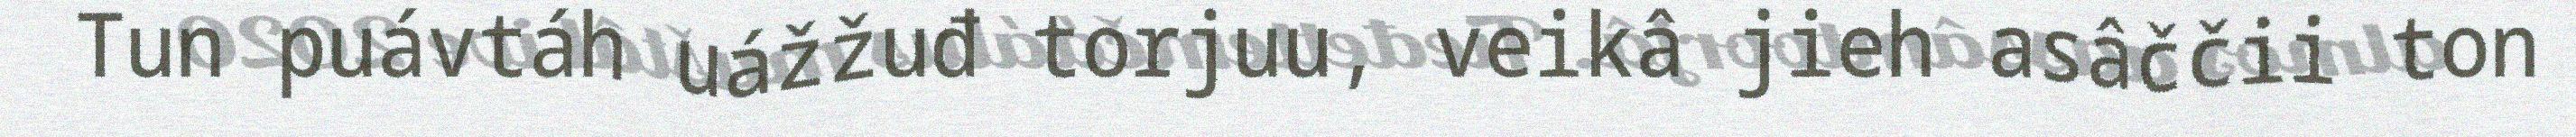
Tun puávtáh uážžuđ torjuu, veikâ jieh asâččii ton